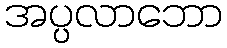
အပ္ပလာဘော